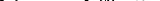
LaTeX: \smash{\mathcal{N}^{G}\equiv\mathcal{N}_{\! p}^{G}a^{3}}